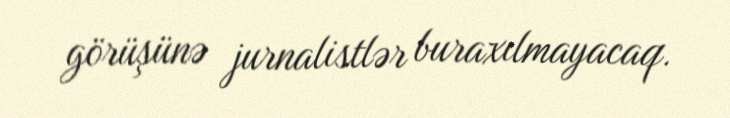
görüşünə jurnalistlər buraxılmayacaq.